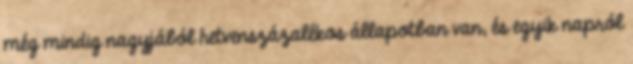
még mindig nagyjából hetvenszázalékos állapotban van, és egyik napról